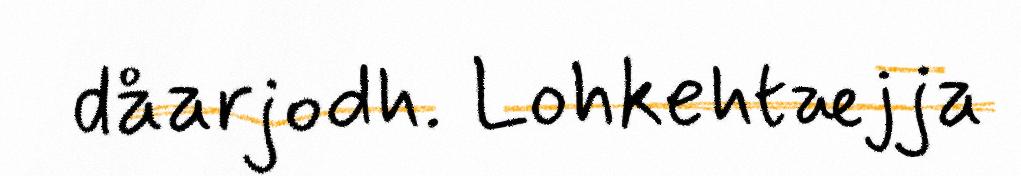
dåarjodh. Lohkehtæjja